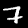
Digit: 7